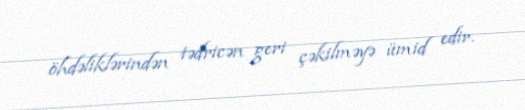
öhdəliklərindən tədricən geri çəkilməyə ümid edir.